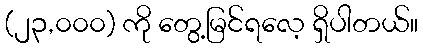
(၂၃,၀၀၀) ကို တွေ့မြင်ရလေ့ ရှိပါတယ်။